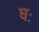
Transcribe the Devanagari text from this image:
षः